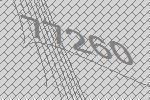
77260